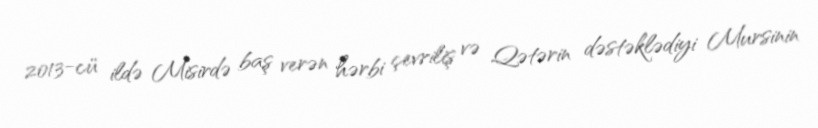
2013-cü ildə Misirdə baş verən hərbi çevriliş və Qətərin dəstəklədiyi Mursinin